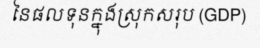
នៃផលទុនក្នុងស្រុកសរុប (GDP)